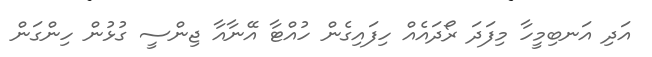
އަދި އަނބިމީހާ މިފަދަ ރޯދައެއް ހިފައިގެން ހުއްޓާ އޭނާއާ ޖިންސީ ގުޅުން ހިންގަން